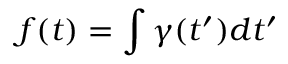
f ( t ) = \int \gamma ( t ^ { \prime } ) d t ^ { \prime }